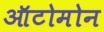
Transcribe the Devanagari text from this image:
ऑटोमोन